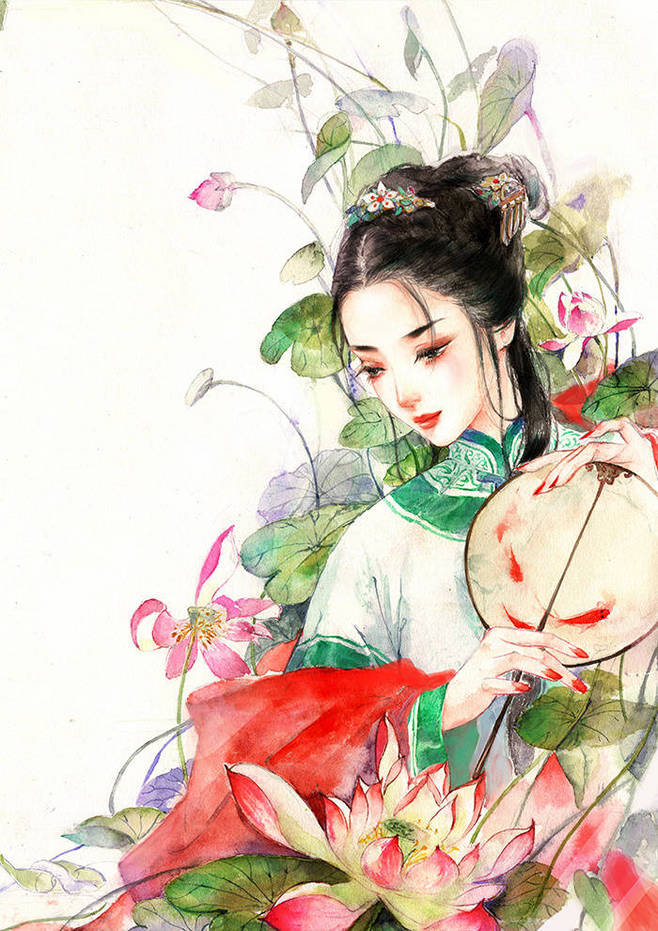
肥水东流无尽期。当初不合种相思。